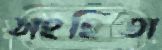
সংহিতা